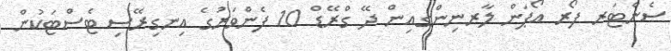
ސެންޓަރ ފޯރ އޯޕަން ލާރނިންގއިން ދޭ ގްރޭޑް 10 ފެންވަރުގެ އިނގިރޭސި ޓެސްޓަކުން